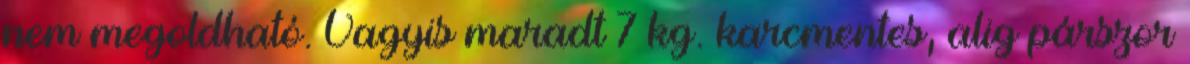
nem megoldható. Vagyis maradt 7 kg. karcmentes, alig párszor